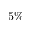
5 \%